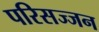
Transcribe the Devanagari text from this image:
परिसज्जन